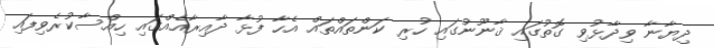
ދިޔާނާ ވިދާޅުވި ގޮތުގައި ޤާނޫނުގައި ހުރި ކަންތައްތައް އެހާ ފުޅާ ދާއިރާއެއްގައި ހިއްސާކުރެވިފައި